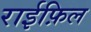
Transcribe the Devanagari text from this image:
राईफ़िल